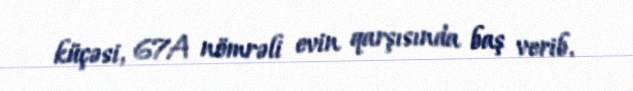
küçəsi, 67A nömrəli evin qarşısında baş verib.